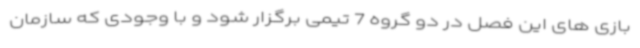
بازی های این فصل در دو گروه 7 تیمی برگزار شود و با وجودی که سازمان